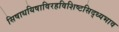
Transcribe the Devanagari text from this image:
सिषाधयिषाविरहविशिष्टसिद्ध्यभाव